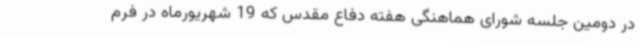
در دومین جلسه شورای هماهنگی هفته دفاع مقدس که 19 شهریورماه در فرم